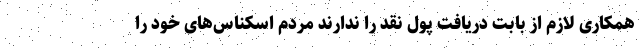
همکاری لازم از بابت دریافت پول نقد را ندارند مردم اسکناس‌های خود را